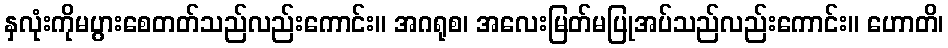
နှလုံးကိုမပွားစေတတ်သည်လည်းကောင်း။ အဂရုစ၊ အလေးမြတ်မပြုအပ်သည်လည်းကောင်း။ ဟောတိ၊